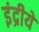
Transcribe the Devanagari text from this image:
इंद्रीये